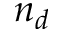
n _ { d }